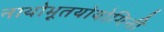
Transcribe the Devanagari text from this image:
नाथोभूतयोयोगिनी